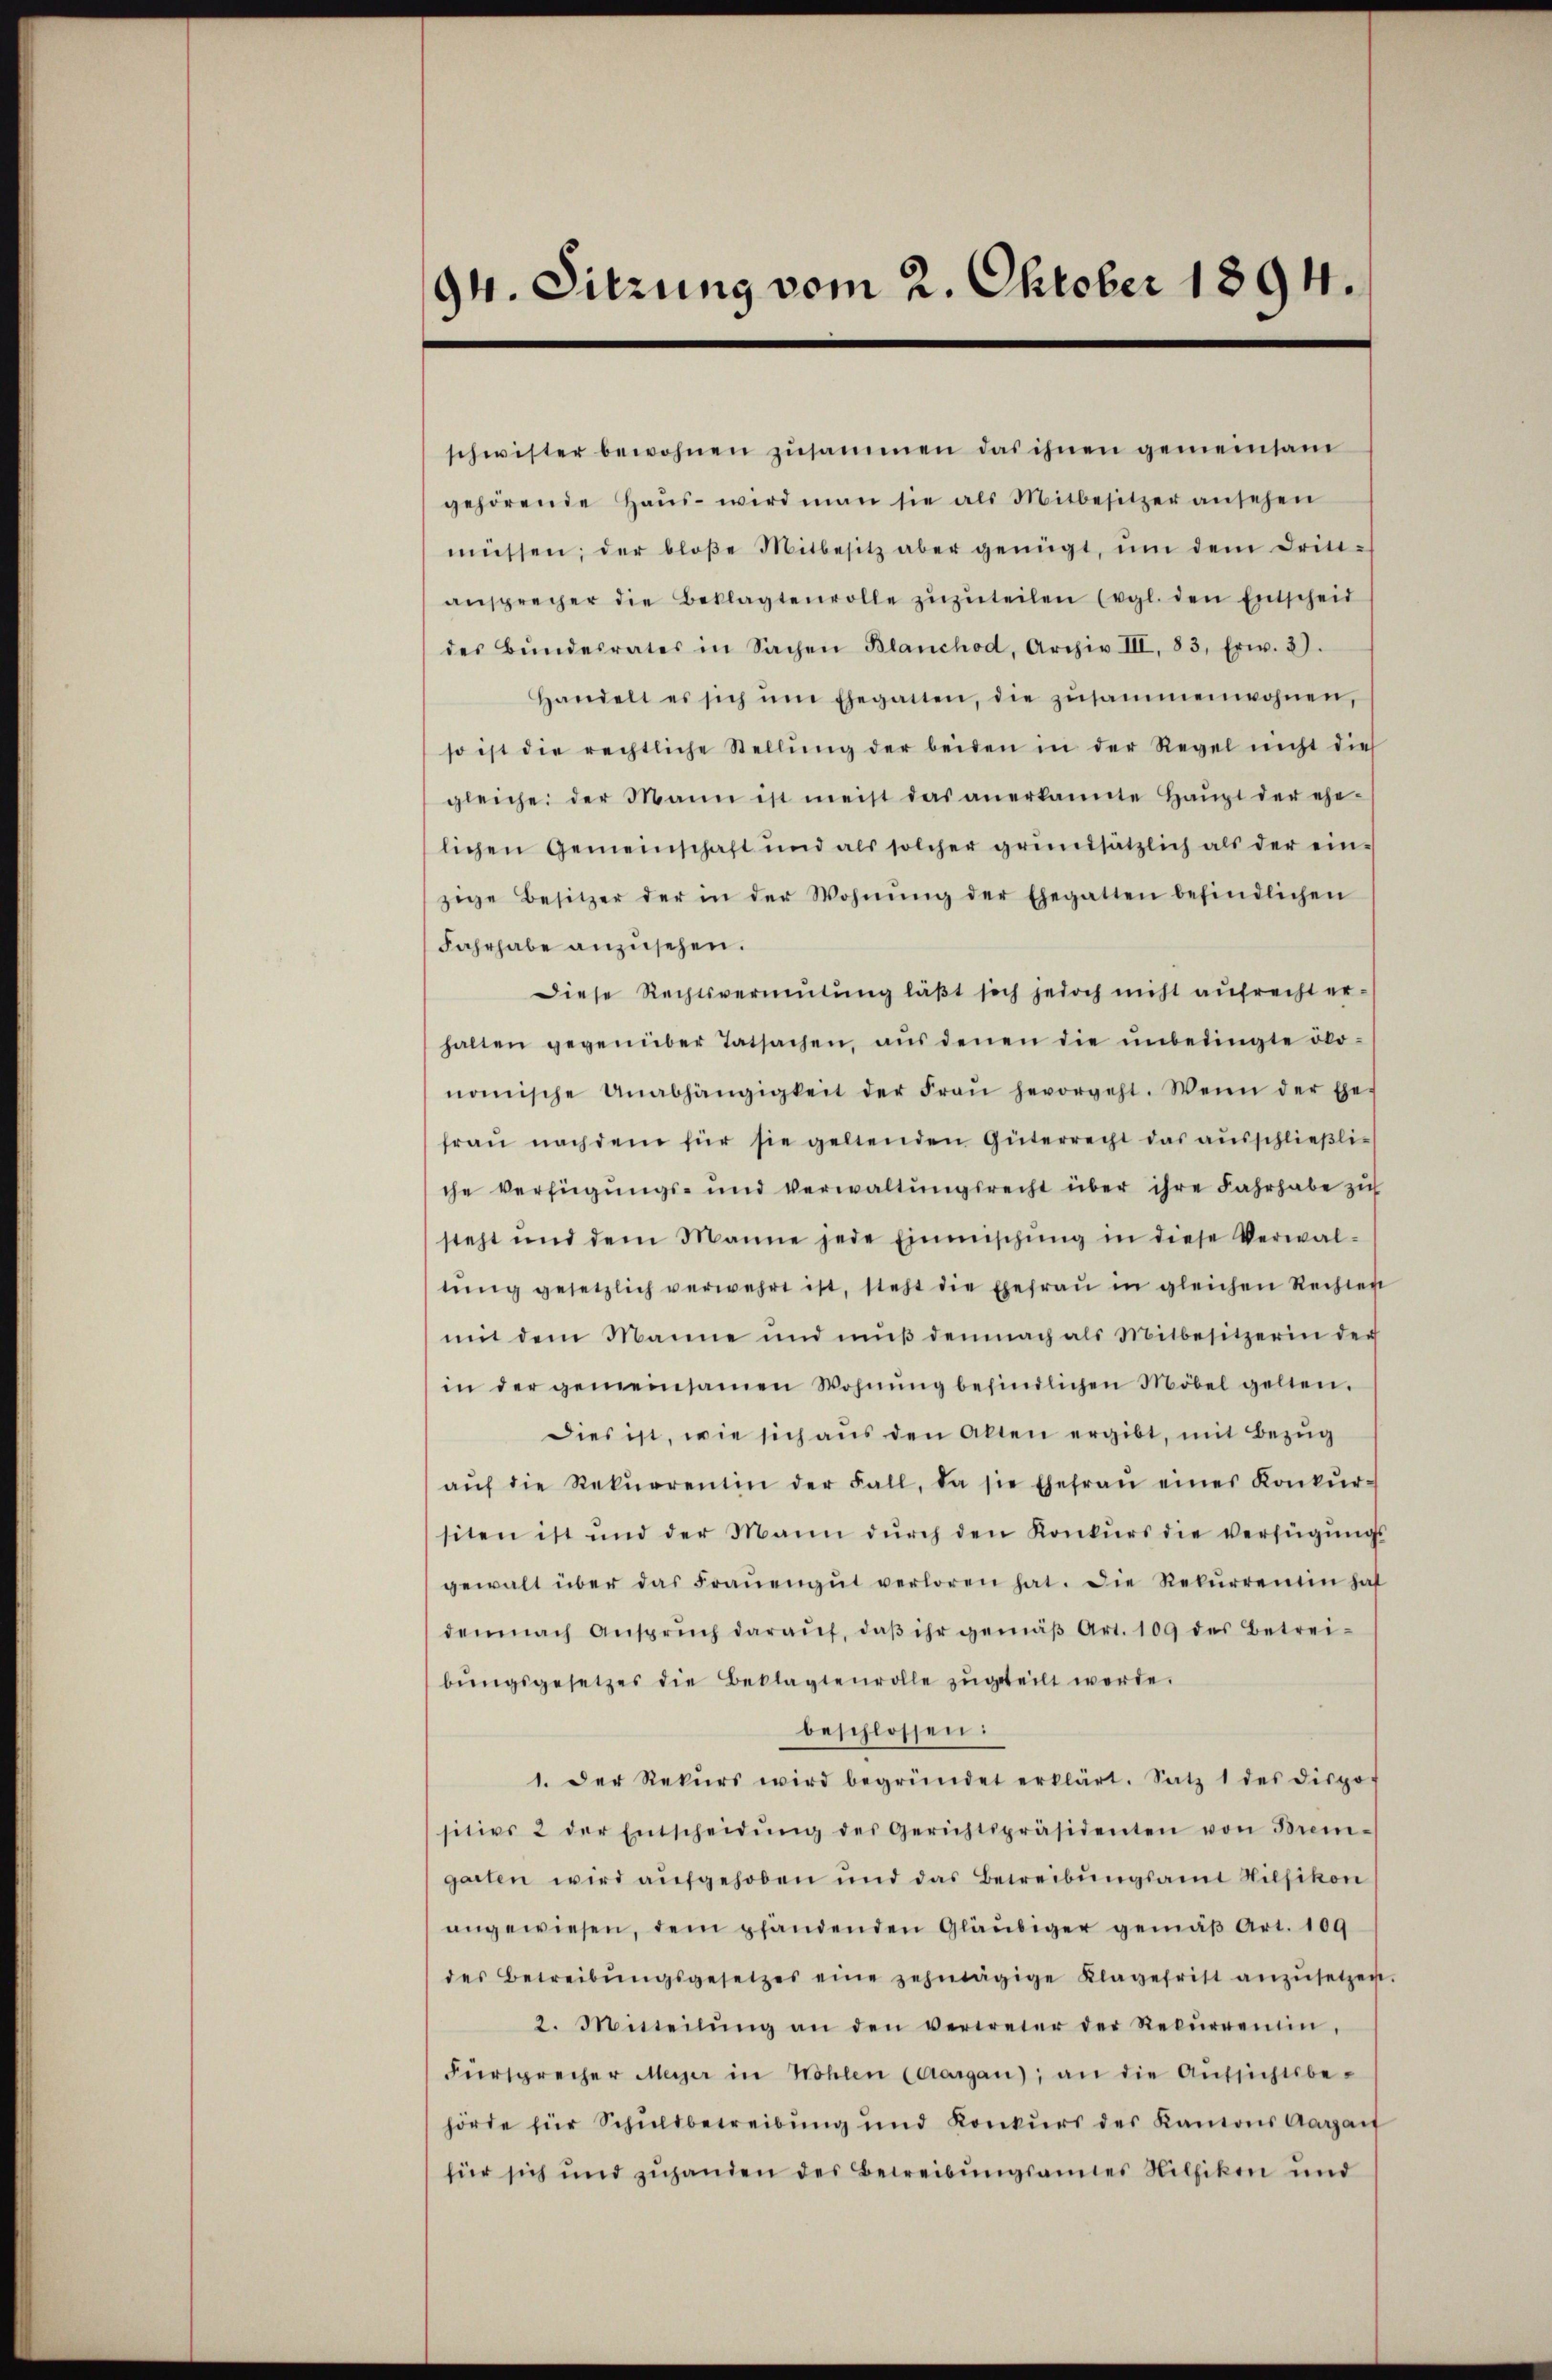
94. Sitzung vom 2. Oktober 1894.

schwister bewohnen zŭsammen das ihnen gemeinsam
gehörende Haŭs- wird man sie als Mitbesitzer ansehen
müssen; der bloβe Mitbesitz aber genügt, ŭm dem Criti-
ansprecher die Beklagtenvolle zŭzŭteilen (vgl. den Entscheid
des Bŭndesrates in Sachen Blanchod, Archiv III, 83. Erw. 3).
Handelt es sich ŭm Ehegatten, die zŭsammenwohnen,
so ist die rechtliche Stellŭng der beiden in der Regel nicht dies
gleiche der Mann ist meist das anerkannte Haŭpt der ehe-
lichen Gemeinschaft und als solcher grundsätzlich als der ein-
zige Besitzer der in der Wohnŭng der Ehegatten befindlichen
Fahrhabe anzusehen.
Diese Rechtsvermutung läβt sich jedoch nicht aufrecht er-
halten gegenüber Tatsachen, aŭs denen die ŭnbedingte öko-
nomische Unabhängigkeit der Fraŭ hevorgeht. Wenn der Ehef
fraŭ nach dem für sie geltenden Güterrecht das ausschlieβliche Verfügungs- und Verwaltŭngsrecht über ihre Fahrhabe zu
steht und dem Manne jede Einmischŭng in diese Verwal-
tŭng gesetzlich verwehrt ist, steht die Ehefraŭ in gleichen Rechten
mit dem Manne und mŭβ demnach als Mitbesitzerin der
in der gemeinsamen Wohnŭng befindlichen Möbel gelten.
Dies ist, wie sich aus den Alten ergibt, mit Bezug
aŭf die Rekurrentin der Fall, da sie Ehefraŭ eines Konkŭr-
siten ist und der Mann dŭrch den Konkŭrs die verfügŭngs-
gewalt über das Fraŭengŭt verloren hat. Die Rekŭrrentin hat
demnach Ansprŭch daraŭf, daβ ihr gemäβ Art. 109 des Betreibŭngsgesetzes die Beklagtenrolle zŭgeteilt werde.
beschlossen:
1. Der Rekŭrs wird begründet erklärt. Satz 1 des dispos
sitivs 2 der Entscheidŭng des Gerichtspräsidenten von Brem-
garten wird aufgehoben und das Betreibungsamt Hilfikon
angewiesen, dem pfändenden Gläubiger gemäβ Art. 109
des Betreibŭngsgesetzes eine zehntägige Klagefrist anzŭsetzen.
2. Mitteilŭng an den vertreter der Rekŭrrentin,
Fürsprecher Meyer in Höhlen (Aargau, an die Aŭfsichtsbe-
hörde für Schuldbetreibung und Konkŭrs des Kantons Aargart
für sich und zuhanden des Betreibungsannes Nilfikon und